Scottish Certificate of Education, 1962
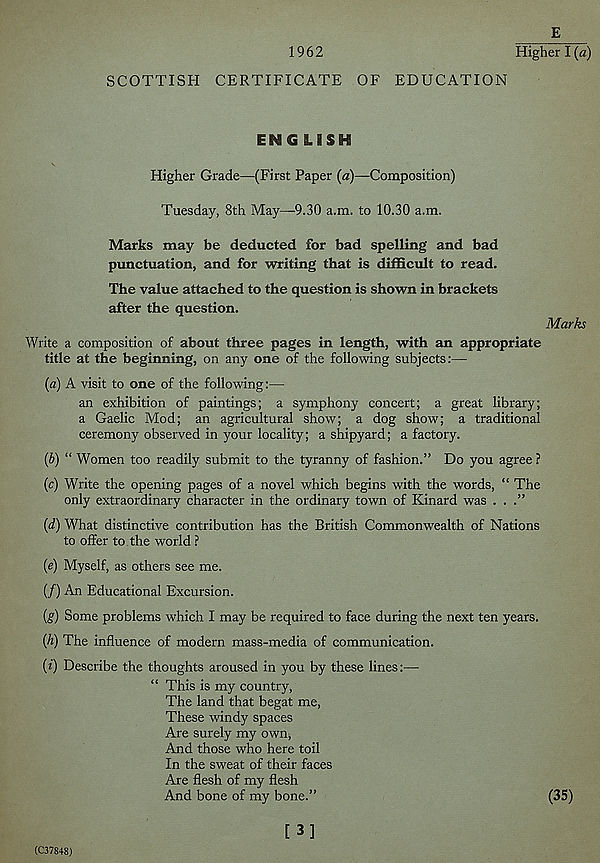
E
1962
Higher I (a)
SCOTTISH CERTIFICATE OF EDUCATION
ENG LISH
Higher Grade—(First Paper (a)—Composition)
Tuesday, 8th May—9.30 a.m. to 10.30 a.m.
Marks may be deducted for bad spelling and bad
punctuation, and for writing that is difficult to read.
The value attached to the question is shown in brackets
after the question.
Marks
Write a composition of about three pages in length, with an appropriate
title at the beginning, on any one of the following subjects:—
(a) A visit to one of the following:—
an exhibition of paintings; a symphony concert; a great library;
a Gaelic Mod; an agricultural show; a dog show; a traditional
ceremony observed in your locality; a shipyard; a factory.
(b) “ Women too readily submit to the tyranny of fashion.” Do you agree ?
(c) Write the opening pages of a novel which begins with the words, “ The
only extraordinary character in the ordinary town of Kinard was . .
(d) What distinctive contribution has the British Commonwealth of Nations
to offer to the world ?
(e) Myself, as others see me.
(/) An Educational Excursion.
{g) Some problems which I may be required to face during the next ten years.
{h) The influence of modern mass-media of communication.
(i) Describe the thoughts aroused in you by these lines:—
“ This is my country,
The land that begat me,
These windy spaces
Are surely my own,
And those who here toil
In the sweat of their faces
Are flesh of my flesh
And bone of my bone.”
(35)
(C37848)
[3]